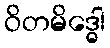
ဝိတမိဒ္ဓေါ